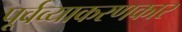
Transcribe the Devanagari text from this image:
पूर्वव्याकरणकार